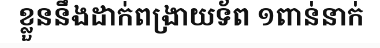
ខ្លួននឹងដាក់ពង្រាយទ័ព ១ពាន់នាក់